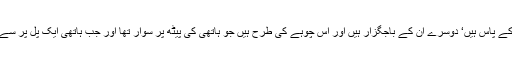
میں نے پانچ دس لیڈر اس لیے کہے ہیں کہ سیاست کرنے کے مالی وسائل انھی کے پاس ہیں‘ دوسرے ان کے باجگزار ہیں اور اس چوہے کی طرح ہیں جو ہاتھی کی پیٹھ پر سوار تھا اور جب ہاتھی ایک پل پر سے گزرا اور پل ہلنے لگا تو اس نے نعرہ بلند کیا کہ دیکھو ہم نے پل کو ہلا دیا ہے۔